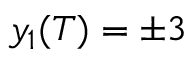
y _ { 1 } ( T ) = \pm 3